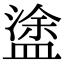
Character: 𥂋